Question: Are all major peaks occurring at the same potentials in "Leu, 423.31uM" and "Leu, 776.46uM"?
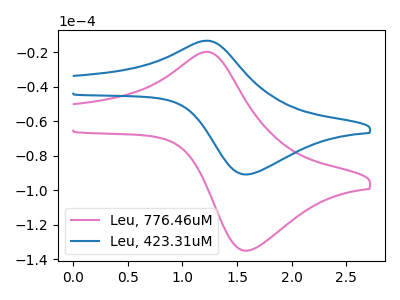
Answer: <think>The pink curve "Leu, 776.46uM" has an anodic peak at (1.20V, -19.90uA) and a cathodic peak at (1.60V, -134.95uA). The blue curve "Leu, 423.31uM" has an anodic peak at (1.20V, -13.40uA) and a cathodic peak at (1.60V, -90.80uA).</think>
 <answer>Yes, "Leu, 423.31uM" have a peak in "Leu, 776.46uM" at the same potential.</answer>
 <eval>match</eval>